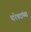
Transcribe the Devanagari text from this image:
परिषदांच्या